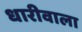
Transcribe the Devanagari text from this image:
धारीवाला